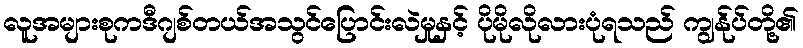
လူအများစုကဒီဂျစ်တယ်အသွင်ပြောင်းလဲမှုနှင့် ပိုမိုလိုလားပုံရသည် ကျွန်ုပ်တို့၏